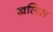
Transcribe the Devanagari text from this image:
ख़लिस